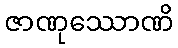
ဇာဏုဿောဏိ